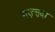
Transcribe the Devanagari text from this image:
मुज़्तबा